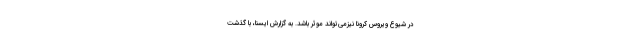
در شیوع ویروس کرونا نیزمی‌تواند موثر باشد. به گزارش ایسنا، با گذشت